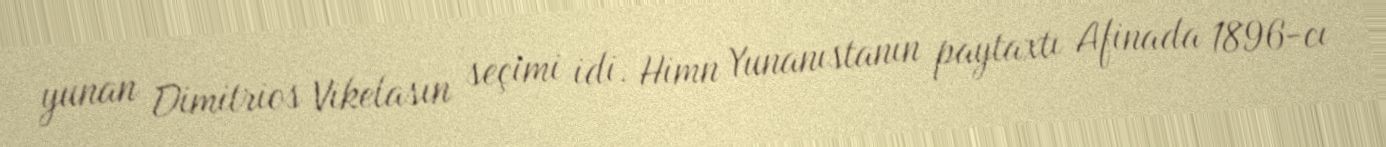
yunan Dimitrios Vikelasın seçimi idi. Himn Yunanıstanın paytaxtı Afinada 1896-cı